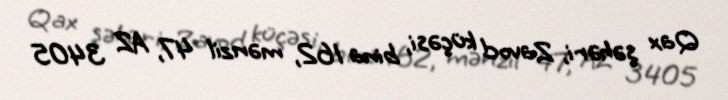
Qax şəhəri, Zavod küçəsi, bina 162, mənzil 47, AZ 3405